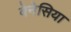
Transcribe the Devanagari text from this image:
वेनेसिया